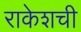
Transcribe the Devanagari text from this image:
राकेशची